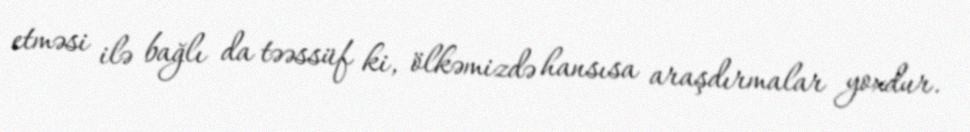
etməsi ilə bağlı da təəssüf ki, ölkəmizdə hansısa araşdırmalar yoxdur.